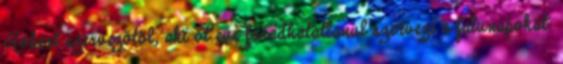
Róbert szervezőtől, aki öt éve fáradhatatlanul szervezi a falunapokat.